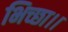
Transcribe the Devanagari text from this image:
भिच्‍छा।।